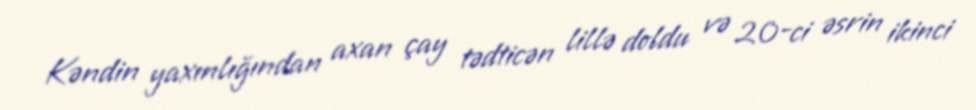
Kəndin yaxınlığından axan çay tədticən lillə doldu və 20-ci əsrin ikinci